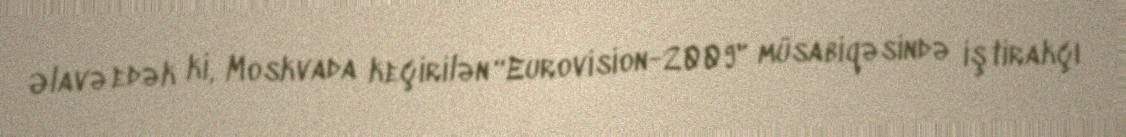
Əlavə edək ki, Moskvada keçirilən “Eurovision-2009" müsabiqəsində iştirakçı